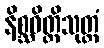
နိစ္ဆဝိတ္ထိသုတ္တံ